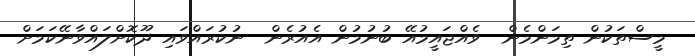
މީސްތަކުން ތިމަންމެން  ވެއްޖައީމުއޭ ބުނުމުން އެއުރެން  ނުކުރައްވައި ދޫކޮށްލައްވާނޭކަމަށް